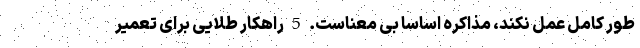
طور کامل عمل نکند، مذاکره اساسا بی معناست. 5 راهکار طلایی برای تعمیر